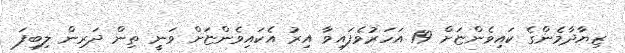
ޒިޔާދާމެންގެ ކައިވެންޏަށް 19 އަހަރުވެފައިވާ އިރު އެކައިވެންޏަށް ވަނީ ތިން ދަރިން ލިބިފަ